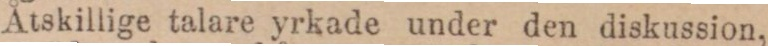
Åtskillige talare yrkade under den diskussion,